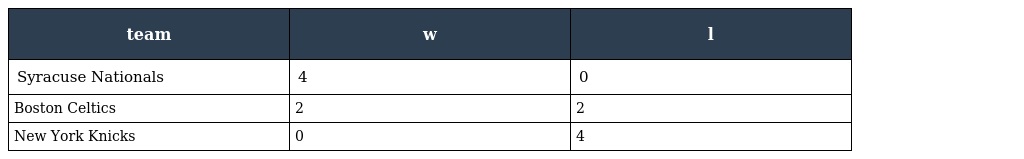
| team | w | l |
 | --- | --- | --- |
 | Syracuse Nationals | 4 | 0 |
 | Boston Celtics | 2 | 2 |
 | New York Knicks | 0 | 4 |